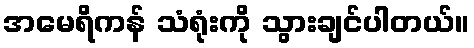
အမေရိကန် သံရုံးကို သွားချင်ပါတယ်။